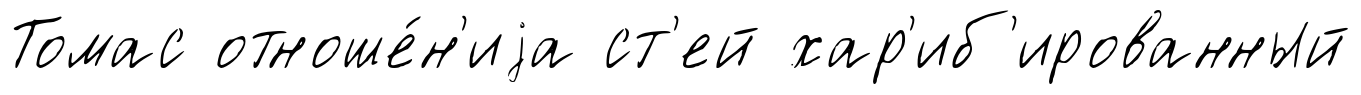
Томас отноше́н'иjа ст'ей хар'иб'ированный